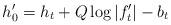
LaTeX: \begin{align*}h_0' = h_t + Q\log|f_t'| - b_t\end{align*}